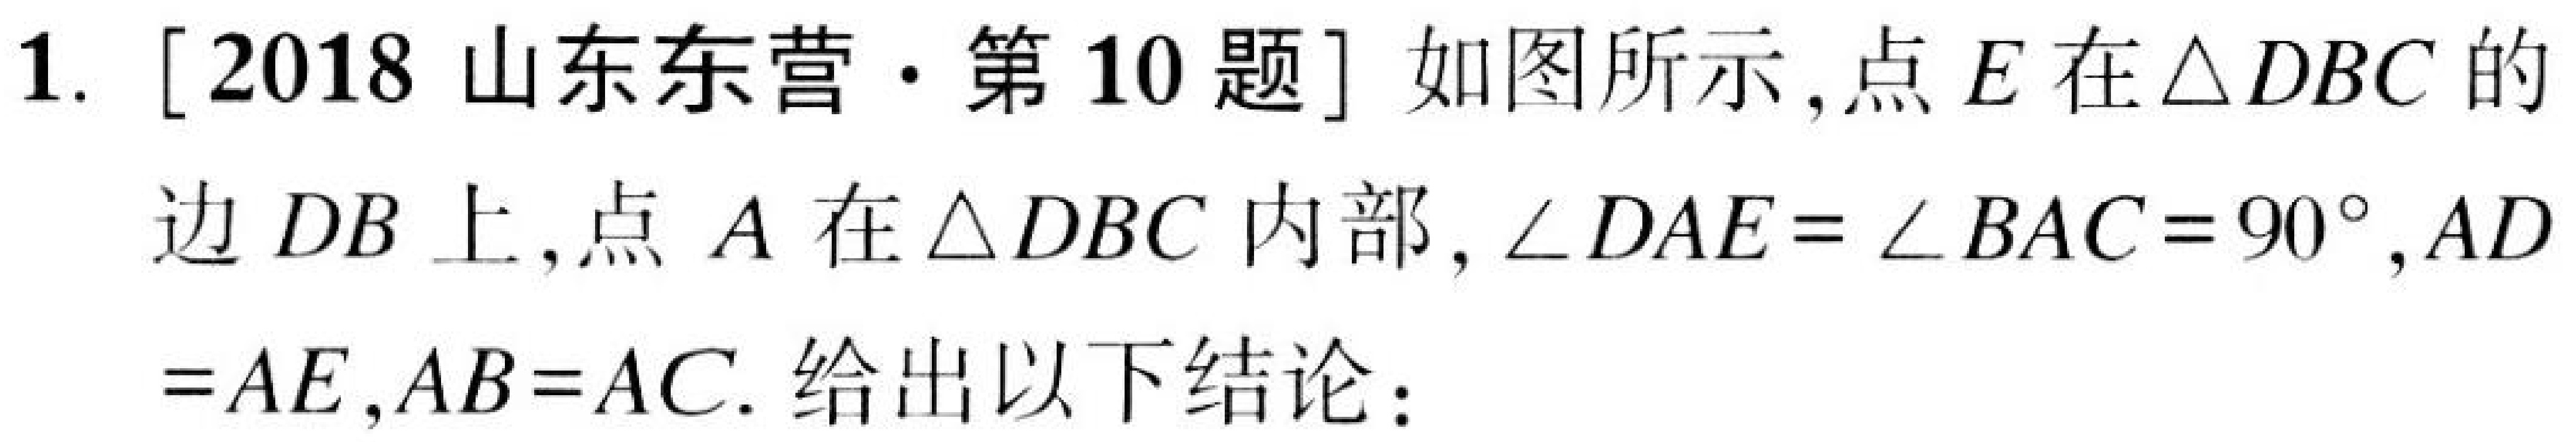
1. [2018山东东营·第10题] 如图所示,点\(E\)在\(\triangle DBC\)的边\(DB\)上,点\(A\)在\(\triangle DBC\)内部, \(\angle DAE=\angle BAC = 90^{\circ},AD=AE,AB = AC\). 给出以下结论：